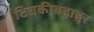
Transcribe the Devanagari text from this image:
टिचकीबहाद्दर